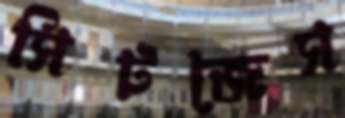
সিটজেস